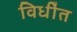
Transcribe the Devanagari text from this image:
विधींत